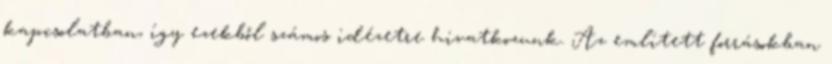
kapcsolatban, így ezekből számos idézetre hivatkozunk. Az említett forrásokban